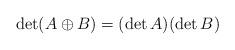
LaTeX: \begin{align*}\det(A \oplus B) = (\det A)(\det B)\end{align*}